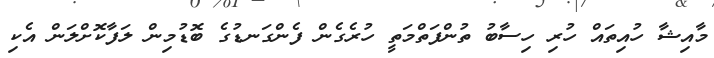
މާއިޝާ ހުއިތައް ހުރި ހިސާބު ތުންފަތްމަތީ ހުރެގެން ފެންގަނޑުގެ ބޮޑުމިން ލަފާކޮށްލަން އެކި